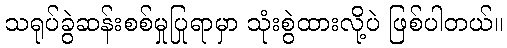
သရုပ်ခွဲဆန်းစစ်မှုပြုရာမှာ သုံးစွဲထားလို့ပဲ ဖြစ်ပါတယ်။